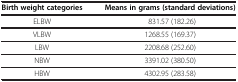
<table><thead><tr><td><b>Birth weight categories</b></td><td><b>Means in grams (standard deviations)</b></td></tr></thead><tbody><tr><td>ELBW</td><td>831.57 (182.26)</td></tr><tr><td>VLBW</td><td>1268.55 (169.37)</td></tr><tr><td>LBW</td><td>2208.68 (252.60)</td></tr><tr><td>NBW</td><td>3391.02 (380.50)</td></tr><tr><td>HBW</td><td>4302.95 (283.58)</td></tr></tbody></table>